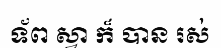
ទ័ព ស្វា ក៏ បាន រស់